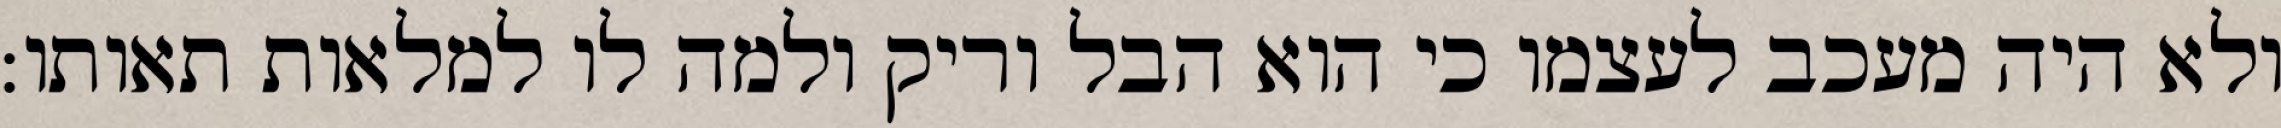
ולא היה מעכב לעצמו כי הוא הבל וריק ולמה לו למלאות תאותו: